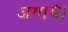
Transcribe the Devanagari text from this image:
जगायें।